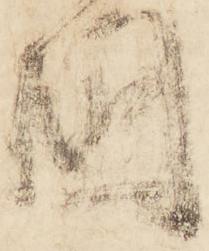
國